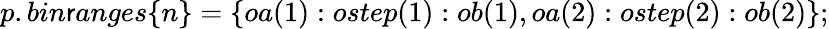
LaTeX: p.bin\mathsf{r}anges\{ n\} =\{ oa(1):ostep(1):ob(1),oa(2):ostep(2):ob(2)\} ;